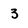
Character: 3